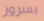
بسرور